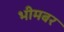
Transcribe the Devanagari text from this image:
भीमबर